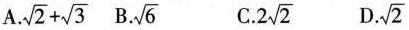
A.$$\sqrt{2} + \sqrt{3}$$ B.\sqrt{6} C.2\sqrt{2} D\sqrt{2}